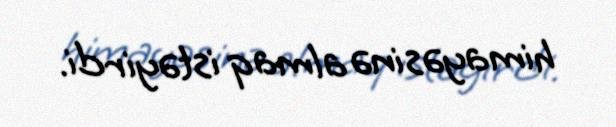
himayəsinə almaq istəyirdi.